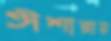
ঈশারায়